Medical and sanitary report on the native army of Bombay for the year
Year: 1877
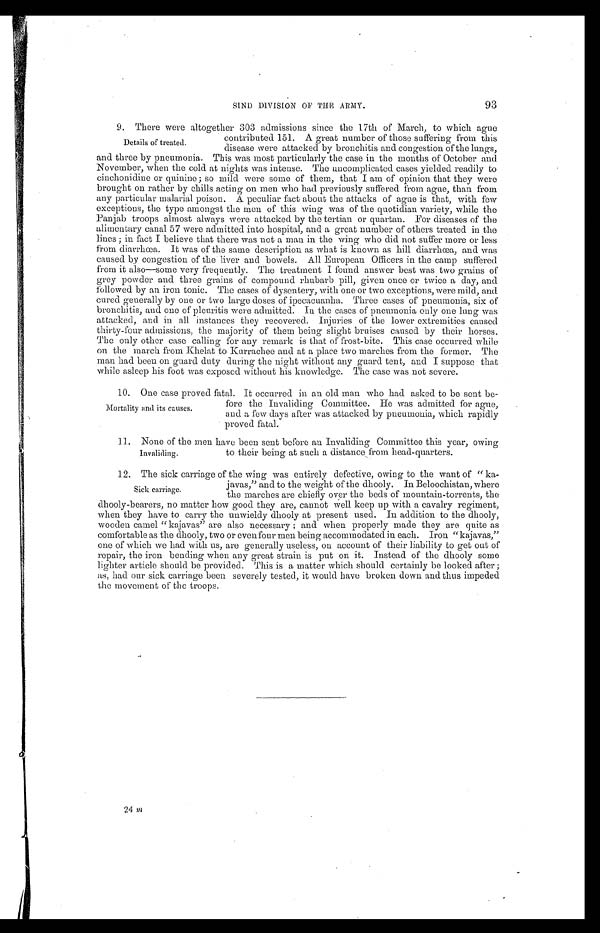
93
SIND DIVISION OF THE ARMY.
9 . T h e r e w e r e a l t o g e t h e r 3 0 3 a d m i s s i o n s s i n c e t h e 1 7 t h o f M a r c h , t o w h i c h a g u e
contributed 151. A great number of those suffering from this
disease were attacked by bronchitis and congestion of the lungs,
and three by pneumonia. This was most particularly the case in the months of October and
November, when the cold at nights was intense. The uncomplicated cases yielded readily to
cinchonidine or quinine; so mild were some of them, that I am of opinion that they were
brought on rather by chills acting on men who had previously suffered from ague, than from
any particular malarial poison. A peculiar fact about the attacks of ague is that, with few
exceptions, the type amongst the men of this wing was of the quotidian variety, while the
Panjab troops almost always were attacked by the tertian or quartan. For diseases of the
alimentary canal 57 were admitted into hospital, and a great number of others treated in the
lines ; in fact I believe that there was not a man in the wing who did not suffer more or less
from diarrhœa. It was of the same description as what is known as hill diarrhœa, and was
caused by congestion of the liver and bowels. All European Officers in the camp suffered
from it also—some very frequently. The treatment I found answer best was two grains of
grey powder and three grains of compound rhubarb pill, given once or twice a day, and
followed by an iron tonic. The cases of dysentery, with one or two exceptions, were mild, and
cured generally by one or two large doses of ipecacuanha. Three cases of pneumonia, six of
bronchitis, and one of pleuritis were admitted. In the cases of pneumonia only one lung was
attacked, and in all instances they recovered. Injuries of the lower extremities caused
thirty-four admissions, the majority of them being slight bruises caused by their horses.
The only other case calling for any remark is that of frost-bite. This case occurred while
on the march from Khelat to Kurrachee and at a place two marches from the former. The
man had been on guard duty during the night without any guard tent, and I suppose that
while asleep his foot was exposed without his knowledge. The case was not severe.
10. One case proved fatal. It occurred in an old man who had asked to be sent be
-
fore the Invaliding Committee. He was admitted for ague,
and a few days after was attacked by pneumonia, which rapidly
proved fatal.
11. None of the men have been sent before an Invaliding Committee this year, owing
to their being at such a distance from head-quarters.
12. The sick carriage of the wing was entirely defective, owing to the want of "ka
-
javas," and to the weight of the dhooly. In Beloochistan, where
the marches are chiefly over the beds of mountain-torrents, the
dhooly-bearers, no matter how good they are, cannot well keep up with a cavalry regiment,
when they have to carry the unwieldy dhooly at present used. In addition to the dhooly,
wooden camel "kajavas" are also necessary ; and when properly made they are quite as
comfortable as the dhooly, two or even four men being accommodated in each. Iron "kajavas,"
one of which we had with us, are generally useless, on account of their liability to get out of
repair, the iron bending when any great strain is put on it. Instead of the dhooly some
lighter article should be provided. This is a matter which should certainly be looked after ;
as, had our sick carriage been severely tested, it would have broken down and thus impeded
the movement of the troops.
Details of treated.
Mortality and its causes.
Invaliding.
Sick carriage.
24 m